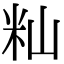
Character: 籼